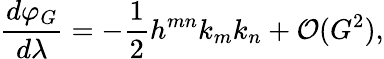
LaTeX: \frac{d\varphi_{G}}{d\lambda}=-\frac{1}{2}h^{mn}k_{m}k_{n}+{\cal O}(G^{2}),